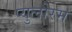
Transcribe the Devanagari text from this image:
प्युलोरम